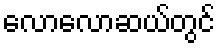
လောလောဆယ်တွင်